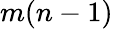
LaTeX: m(n-1)